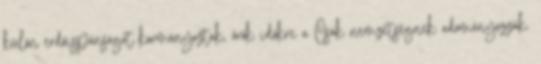
külön erdőispánságot kormányoztak, örök időkre a Csák nemzetségnek adományozzák.